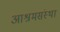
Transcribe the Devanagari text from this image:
आश्रमसंस्था